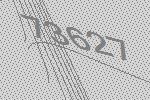
73627